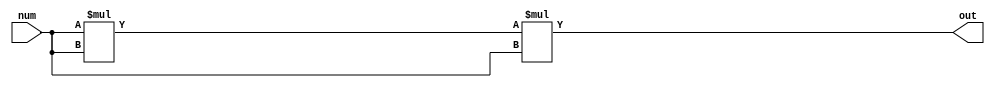
`timescale 1ns / 1ps
//////////////////////////////////////////////////////////////////////////////////
// Company: 
// Engineer: 
// 
// Design Name: 
// Module Name: cube_gen
// Project Name: 
// Target Devices: 
// Tool Versions: 
// Description: 
// 
// Dependencies: 
// 
// Revision:
// Revision 0.01 - File Created
// Additional Comments:
// 
//////////////////////////////////////////////////////////////////////////////////


module cube_gen(num,out);

        parameter n = 4;
        input [n-1:0] num;
        output reg [2*n-1:0] out; 
        
        reg [2*n-1:0] temp;
        
        always@(*)
        begin
            temp = num * num * num;
            out = temp;
        end
endmodule